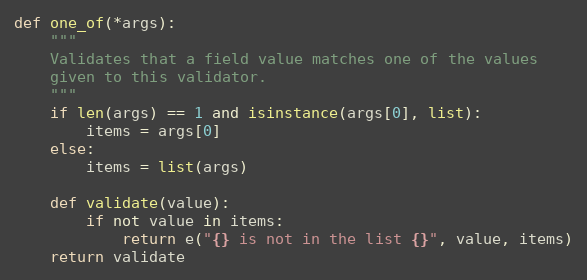
Language: Python
def one_of(*args):
    """
    Validates that a field value matches one of the values
    given to this validator.
    """
    if len(args) == 1 and isinstance(args[0], list):
        items = args[0]
    else:
        items = list(args)

    def validate(value):
        if not value in items:
            return e("{} is not in the list {}", value, items)
    return validate